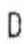
D